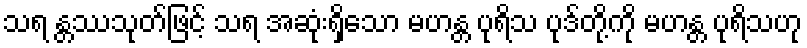
သရ န္တဿသုတ်ဖြင့် သရ အဆုံးရှိသော မဟန္တ ပုရိသ ပုဒ်တို့ကို မဟန္တ ပုရိသဟု